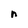
Character: n